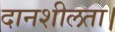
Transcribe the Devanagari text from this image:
दानशीलता।